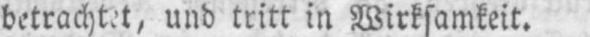
betrachtet, und tritt in Wirksamkeit.